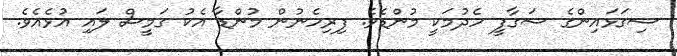
ސިގަޅައިންގެ ސަގާފީ ހެދުމަކީ މުންޑެވެ. ފިރިހެނުން މުންޑާ އެކު ގަމީސް ލައި އުޅެއެވެ.